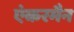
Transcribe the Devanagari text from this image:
एंकरमैन